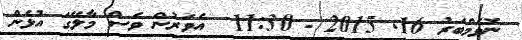
ނޮވެމްބަރު 16